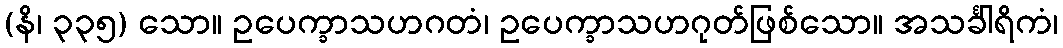
(နိ၊ ၃၃၅) သော။ ဥပေက္ခာသဟဂတံ၊ ဥပေက္ခာသဟဂုတ်ဖြစ်သော။ အသင်္ခါရိကံ၊